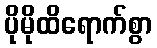
ပိုမိုထိရောက်စွာ